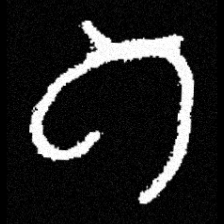
Pyu character \u2014 Myanmar letter: ဂ (romanized: ga)